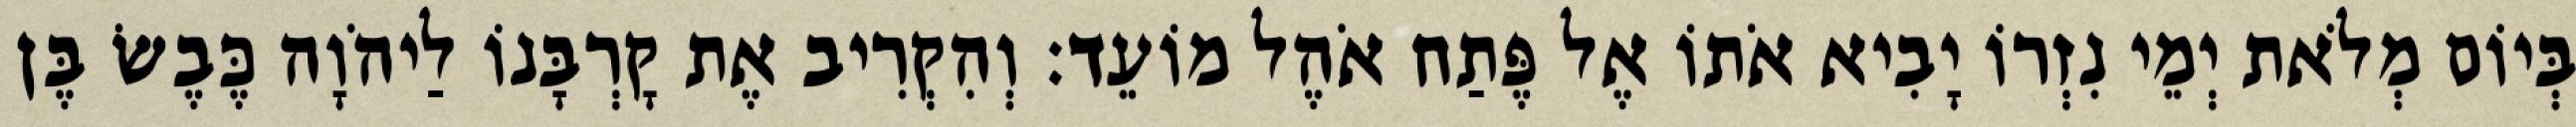
בְּיוֹם מְלֹאת יְמֵי נִזְרוֹ יָבִיא אֹתוֹ אֶל פֶּתַח אֹהֶל מוֹעֵד׃ וְהִקְרִיב אֶת קָרְבָּנוֹ לַיהֹוָה כֶּבֶשׂ בֶּן